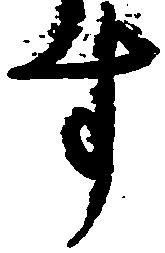
す